Vaccination North-Western Provinces and Oudh 1878-1895 - 1878-1895
Year: 1878
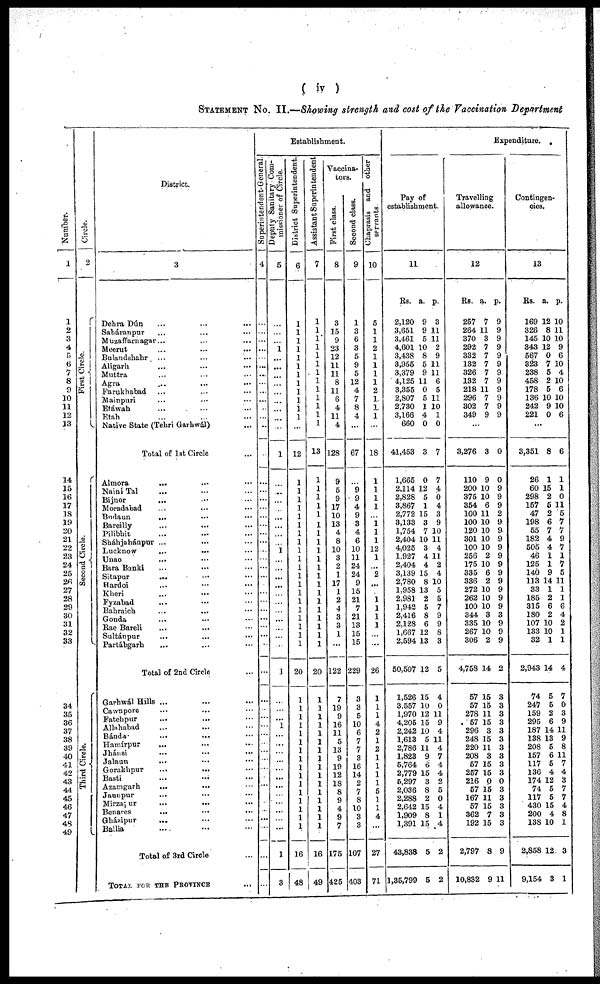
( iv )
STATEMENT NO. II.—Showing strength and cost of the Vaccination Department
Number.
1
1
2
3
4
5
6
7
8
9
10
11
12
13
14
lb
16
17
18
19
20
21
22
23
24
25
26
27
28
29
30
31
32
33
34
34 36
37 38
39
40
41
42
43
44
45
46
47
48
49
Circle.
2
First Circle.
Second Circle.
Third Circle.
District
3
Dehra Dún... ... ...
Saháranpur
... ... ...
Muzaffarnagar ... ... ...
Meerut ... ... ...
Bulandshahr ... ... ...
Aligarh ... ... ...
Muttra ... ... ...
Agra ... ... ...
Farukhabad ... ... ...
Mainpuri ... ... ...
Etáwah ... ... ...
Etah ... ... ...
Native State (Tehri Garhwál) ...
Total of 1st Circle ... ... ...
Almora ... ... ...
Naini Tal ... ... ...
Bijnor ... ... ...
Moradabad ... ... ...
Budaun ... ... ...
Bareilly ... ... ...
Pilibhit ... ... ...
Sháhjahánpur ... ... ...
Lucknow ... ... ...
Unao ... ... ...
Bara Banki ... ... ...
Sitapur ... ... ...
Haroi ... ... ...
Kheri ... ... ...
Fyzabad ... ... ...
Bahraich ... ... ...
Gonda ... ... ...
Rae Bareli ... ... ...
Sultánpur ... ... ...
Partábgarh ... ... ...
Total of 2nd Circle ...
Garhwál Hills ... ... ...
Cawnpore ... ... ...
Fatehpur ... ... ...
Allahabad ... ... ...
Bánda ... ... ...
Hamírpur ... ... ...
Jhánsi
...
...
...
Jalaun ... ... ...
Gorakhpur
...
...
...
Basti
...
...
...
Azamgarh
...
...
...
Jaunpur ... ... ...
Mirzapur
...
...
...
Benares ... ... ...
Gházipur ... ... ...
Ballia ... ... ...
Total of 3rd Circle ...
TOTAL FOR THE PROVINCE ...
Establishment.
Superintendent-General
4
...
...
...
...
...
...
...
...
...
...
...
...
...
...
...
...
...
...
...
...
...
...
...
...
...
...
...
...
...
...
...
...
...
...
...
...
...
...
...
...
...
...
...
...
...
...
...
...
...
...
...
...
...
Deputy Sanitary Com-
missioner of Circle.
5
...
...
...
1
...
...
...
...
...
...
...
...
...
1
...
...
...
...
...
...
...
...
1
...
...
...
...
...
...
...
...
...
...
...
1
...
...
...
1
...
...
...
...
...
...
...
...
...
...
...
...
1
3
District Superintendent.
6
1
1
1
1
1
1
1
1
1
1
1
1
...
12
1
1
1
1
1
1
1
1
1
1
1
1
1
1
1
1
1
1
1
1
20
1
1
1
1
1
1
1
1
1
1
1
1
1
1
1
1
16
48
Assistant Superintendent
7
1
1
1
1
1
1
1
1
1
1
1
1
1
13
1
1
1
1
1
1
1
1
1 1
1
1
1
1
1
1
1
1
1
1
20
1
1
1
1
1
1
1
1
1
1
1
1
1
1 1
1
16
49
Vaccina-
tors.
First class.
8
3
35
9
23
12
11
11
8
11
6
4
11
4
128
9
5
9
17
10
13
4
8
10
3
2
1
17
1
2
4
3
3
1
...
122
7
19
9
16
11
5
13
9
19
12
18
8
9
4 9
7
175
425
Second class.
9
1
3
6
3
5
9
5
12
4
7
8
4
...
67
...
9
9
4
9
3
4
6
10
11
24
24
9
15
21
7
21
13
15
15
229
3
3
5
10
6
7
7
3
16
14
2
7
8
10 3
3
107
403
Chaprasis and other
servants.
10
5
1
1
2
1
1
1
1
2
1
1
1
...
18
1
1
1
1
...
1 1
l
12
l
...
2
...
1
1
1
1
...
...
26
1
1 1
4 2
1
2
1
1
1
1
5
1
1
4
...
27
71
Expenditure. .
Pay of
establishment.
11
Rs.
2,120
3,651
3,461
4,601
3,438
3,955
3,379
4,125
3,355
2,807
2,730
3,166
660
41,453
1,665
2,114
2,828
3,867
2,772
3,133
1,754
2,404
4,025
1,927
2,404
3,139
2,780
1,958
2,981
1,942
2,416
2,128
1,667
2,594
50,507
1,526
3,557
1,970
4,205
2,242
1,613
2,786
1,823
5,764
2,779
5,297
2,036
2,288
2,642
1,909
1,391
43,838
1,35,799
a.
9
9
5
10
8
5
9
11
0
5
1
4
0
3
0
12
5
1
15
3
7
10
3
4
4
15
8
13
2
5
8
6
12
13
12
15
10 12
15 10
5
11
9
6
15
3
8
2
15
8
15
5
5
p.
3
11
11
2
9
11
11
6
5
11
10
1
0
7
7
4
0
4
3
9
10
11
4
11
2
4
10
5
5
7
9
9
8
3
5
4
0 11
9 4
11
4
7
4
4
2
5
0
4
1
4
2
2
Travelling
allowance.
12
Rs.
257
264
370
292
332
132
326
132
218
296
302
349
...
3,276
110
200
375
354
100
100
120
301
100
256
175
335
336
272
262
100
344
335
267
306
4,758
57
57
278
57
296
248
220
208
57
257
216
57
167
57
362
192
2,797
10,832
a.
7
11
3
7
7
7
7
7
11
7
7
9
3
9
10
10
6
11
10
10
10
10
2
10
6
2
10
10
10
3
10
10
2
14
15
15
11
15
3
15
11
3
15
15
0
15
11
15
7
15
8
9
p.
9
9
9
9
9
9
9
9
9
9
9
9
0
0
9
9
9
2 9
9
9
9
9
9
9
9
9
9
9
3
9
9
9
2
3
3
3
3
3
3
3
3
3
3
0
3
3
3
3
3
9
11
Contingen-
cies.
13
Rs.
169
326
145
343
567
323
238
458
178
136
242
221
...
3,351
26
60
298
157
47
198
55
182
505
46
125
140
113
33
185
315
180
107
133
32
2,943
74
247
159
295
187
138
208
157
117
136
174
74
117
430
200
138
2,858
9,154
a.
12
8
10
12
0
7
5
2
5
10
9
0
8
1
l5
2
5
2 6
7
4
4
1
1
9
14
1
2
6
2
10
10
1
14
5
5
2
6
14
13
5
6
5
4
12
5
5
15
4
10
12
3
p.
10
11
10
9
6
10
4
10
6
10
10
6
6
1
1
0
11
5 7
7
9
7
1
7
5
11
1
1
6
4
2
1
1
4
7
0
3
9
11
9
8
11
7
4
3
7
7
4
8
1
3
1